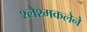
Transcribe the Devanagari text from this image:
श्लेश्मकलेने